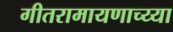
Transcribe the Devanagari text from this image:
गीतरामायणाच्य्या